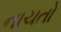
નાચતો